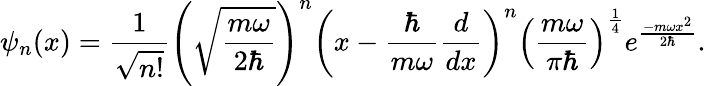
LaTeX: \psi_{n}(x)={\frac{1}{\sqrt{n!}}}\left({\sqrt{\frac{m\omega}{2\hbar}}}\right)^{n}\left(x-{\frac{\hbar}{m\omega}}{\frac{d}{dx}}\right)^{n}\left({\frac{m\omega}{\pi\hbar}}\right)^{\frac{1}{4}}e^{\frac{-m\omega x^{2}}{2\hbar}}.